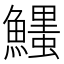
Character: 𩼞